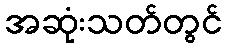
အဆုံးသတ်တွင်